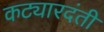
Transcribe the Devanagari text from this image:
कट्यारदंती